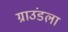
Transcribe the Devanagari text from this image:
ग्राउंडला